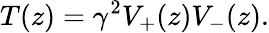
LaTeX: T(z)=\gamma^{2}V_{+}(z)V_{-}(z).